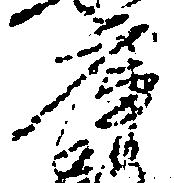
庫